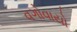
વગોવાયો